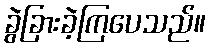
ခွဲခြားခဲ့ကြပေသည်။